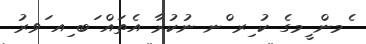
ެމން ީމގެ ކު ިރ ްނ ނުކުރާ އެތައް ަބ ިއ ަވރު